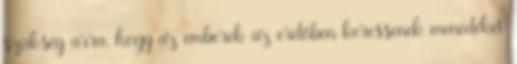
szükség arra, hogy az emberek az erdőben keressenek menedéket